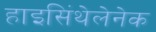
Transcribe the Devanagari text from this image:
हाइसिंथेलेनेक